Civil Veterinary Dept. Bombay admin report 1900-1906 - 1900-1906
Year: 1900
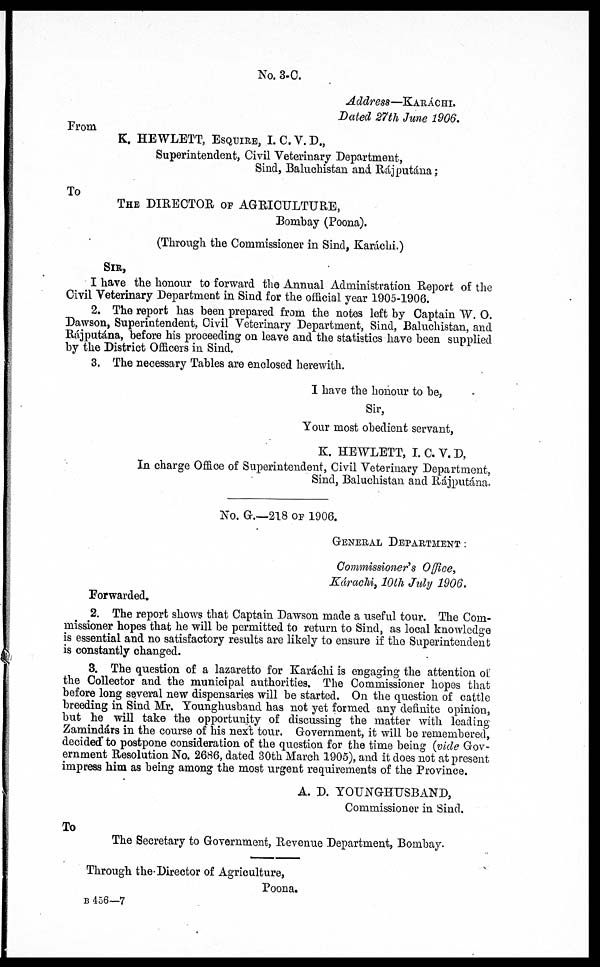
No. 3-C.
Address—KARÁCHI.
Dated 27th June 1906.
From
K. HEWLETT,ESQUIRE, I. C. V. D.,
Superintendent, Civil Veterinary Department,
Sind, Baluchistan and Rájputána;
To
THE DIRECTOR OF AGRICULTURE,
Bombay (Poona).
(Through the Commissioner in Sind, Karáchi.)
SIR,
I have the honour to forward the Annual Administration Report of the
Civil Veterinary Department in Sind for the official year 1905-1906.
2. The report has been prepared from the notes left by Captain W. O.
Dawson, Superintendent, Civil Veterinary Department, Sind, Baluchistan, and
Rájputána, before bis proceeding on leave and the statistics have been supplied
by the District Officers in Sind.
3. The necessary Tables are enclosed herewith.
I have the honour to be,
Sir,
Your most obedient servant,
K. HEWLETT, I. C. V. D,
In charge Office of Superintendent, Civil Veterinary Department,
Sind, Baluchistan and Rájputána.
No. G.—218 OF 1906.
GENERAL DEPARTMENT:
Commissioner's Office,
Kárachi, 10th July 1906.
Forwarded.
2. The report shows that Captain Dawson made a useful tour. The Com-
missioner hopes that he will be permitted to return to Sind, as local knowledge
is essential and no satisfactory results are likely to ensure if the Superintendent
is constantly changed.
3. The question of a lazaretto for Karachi is engaging the attention of
the Collector and the municipal authorities. The Commissioner hopes that
before long several new dispensaries will be started. On the question of cattle
breeding in Sind Mr. Younghusband has not yet formed any definite opinion,
but he will take the opportunity of discussing the matter with leading
Zamindárs in the course of his next tour. Government, it will be remembered,
decided to postpone consideration of the question for the time being (vide Gov-
ernment Resolution No. 2686, dated 30th March 1905), and it does not at present
impress him as being among the most urgent requirements of the Province.
A. D. YOUNGHUSBAND,
Commissioner in Sind.
To
The Secretary to Government, Revenue Department, Bombay.
Through the Director of Agriculture,
Poona.
B 456—7